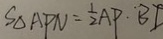
S _ { \Delta A P N } = \frac { 1 } { 2 } A P \cdot B D